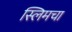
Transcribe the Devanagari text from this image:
स्लिमचा